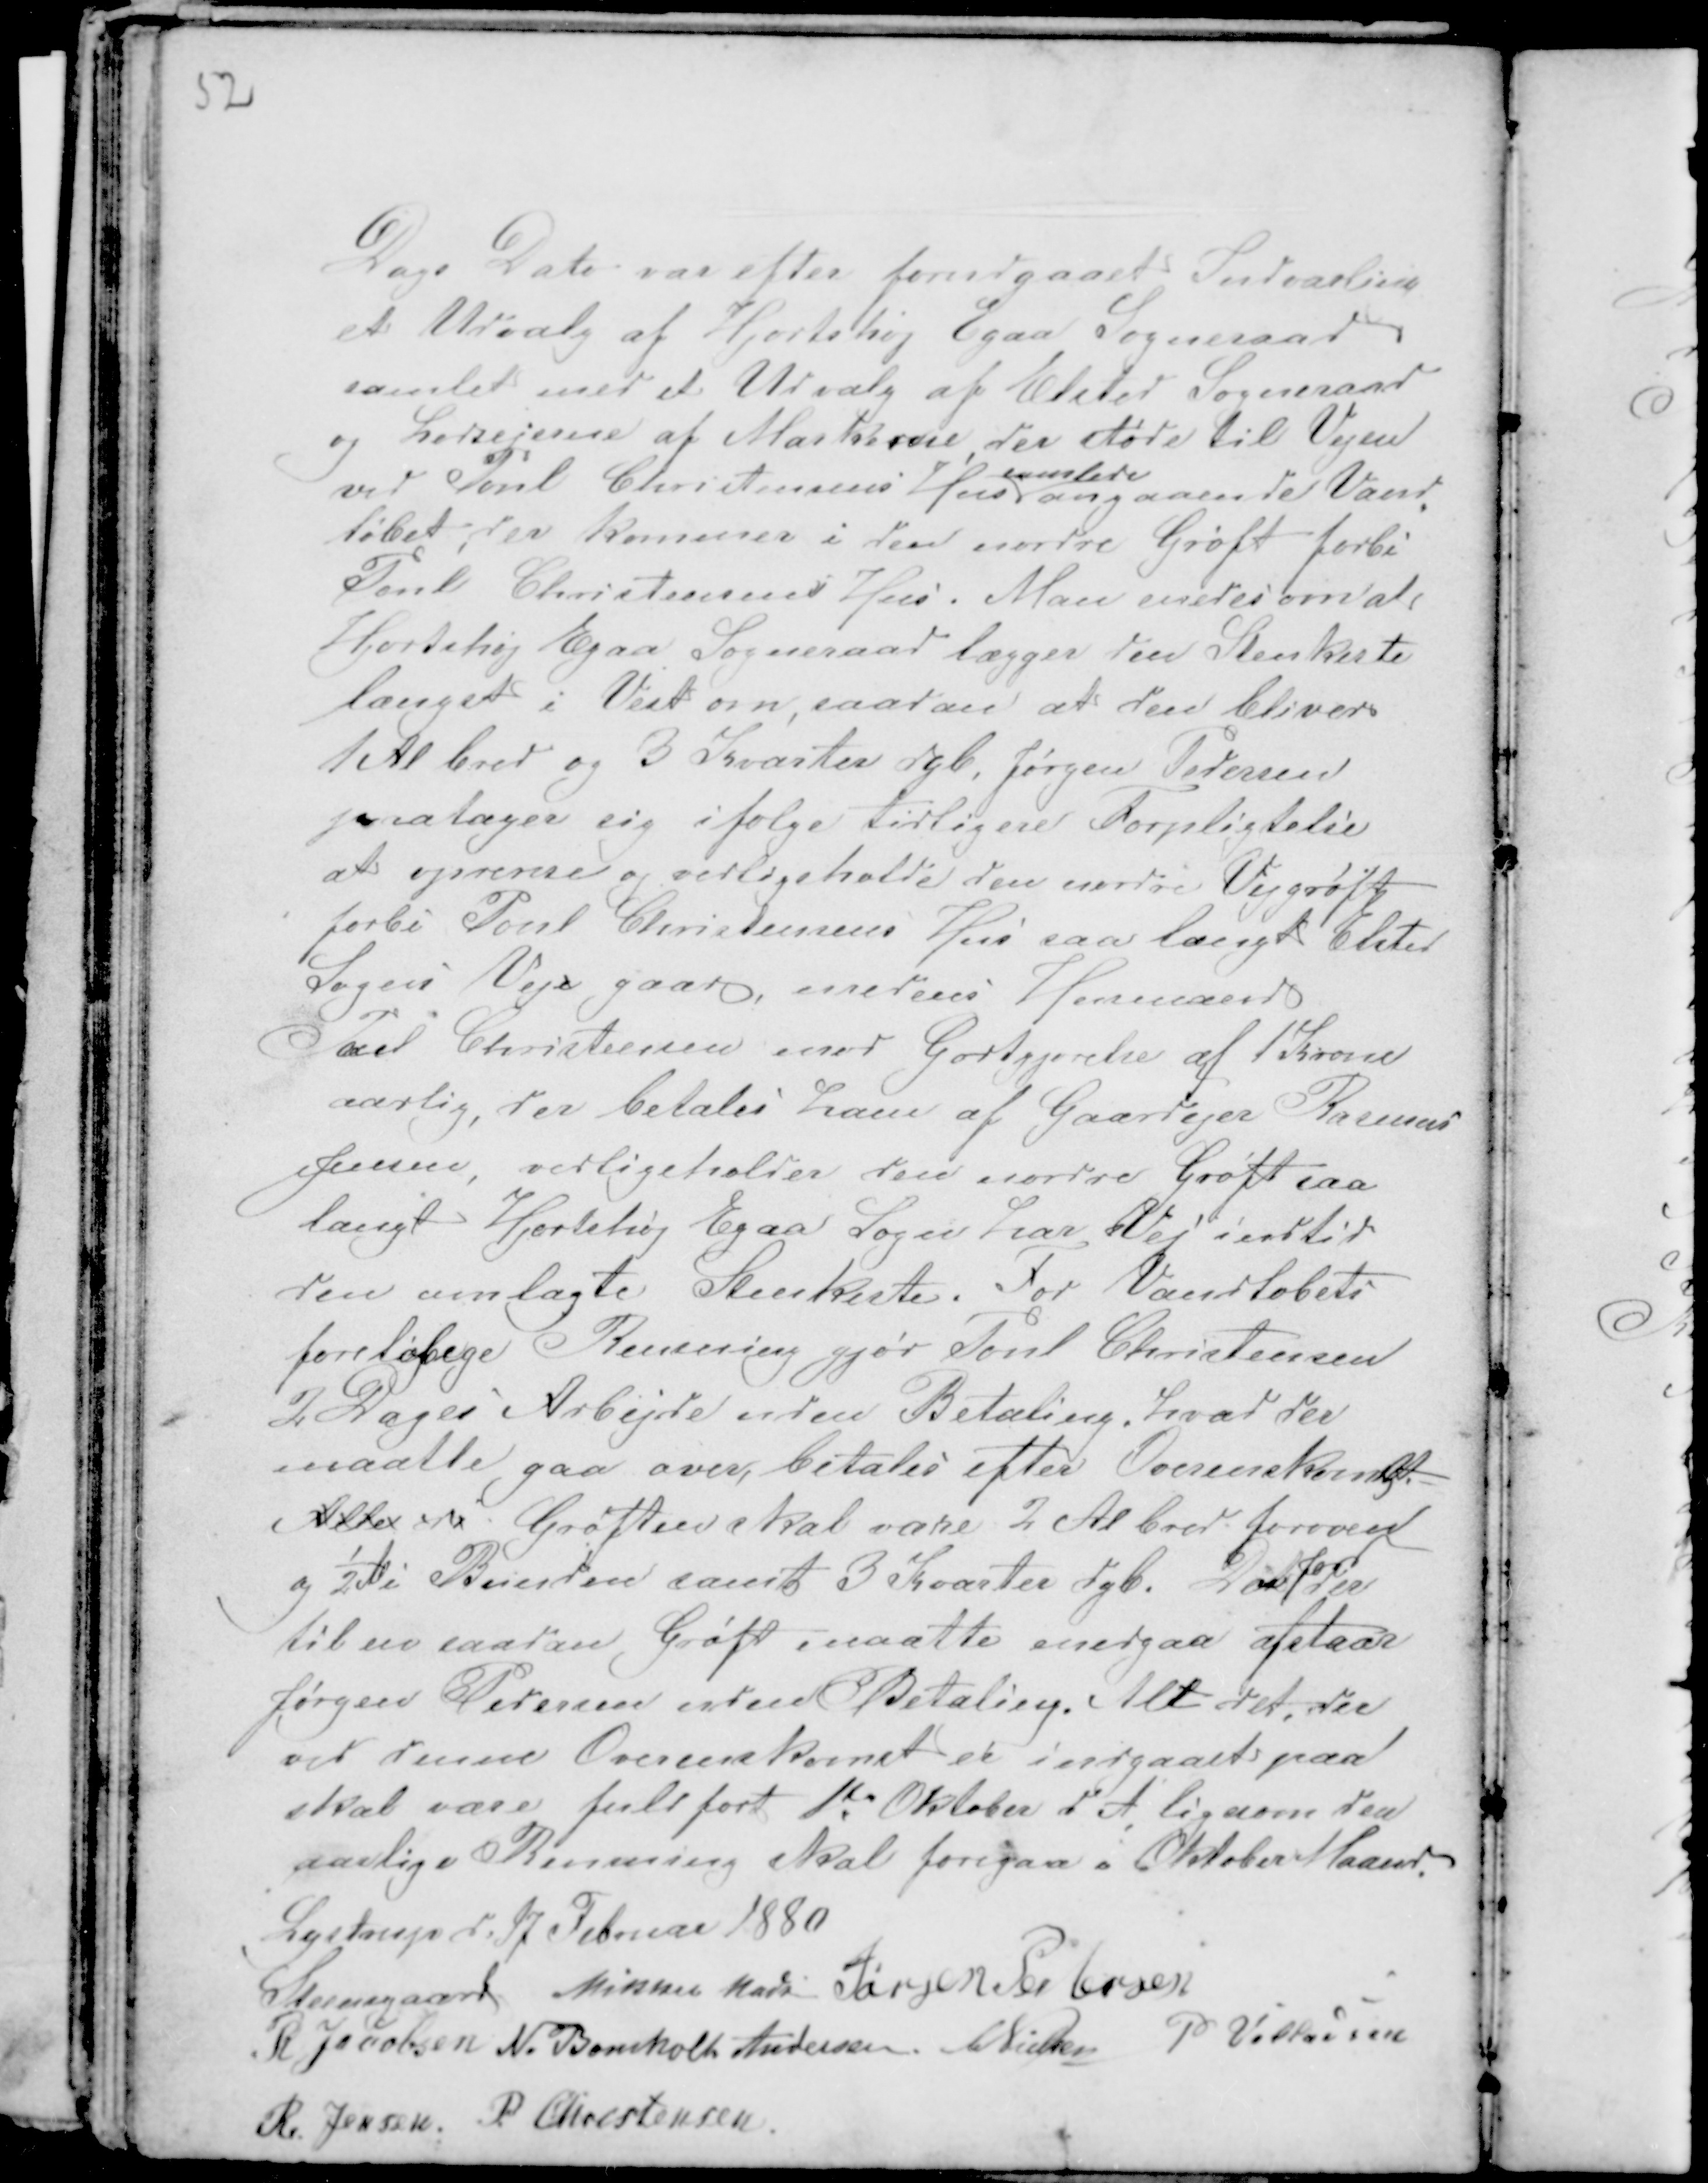
Transskription:
52

Dags Dato var efter forudgaaet Indvarsling
et Udvalg af Hjortshøj Egaa Sogneraad
samlet med et Udvalg af Elsted Sogneraad
og Lodsejerne af Markerne, der støde til Vejen
ved Poul Christensens Hus
samlede
angaaende Vand-
løbet, der kommer i den nordre Grøft forbi
Poul Christensens Hus. Man enedes om at
Hjortshøj Egaa Sogneraad lægger den Stenkiste
længst i Vest om, saadan at den bliver
1 Al bred og 3 Kvarter dyb, Jørgen Pedersen
paatager sig ifølge tidligere Forpligtelse
at oprense og vedligeholde den nordre Vejgrøft
forbi Poul Christensens Hus saa langt Elsted
Sogns Veje gaar, medens Husmand
Poul Christensen mod Godtgjørelse af 1 Krone
aarlig. der betales ham af Gaardejer Rasmus
Jensen, vedligeholder den nordre Grøft saa
langt Hjortshøj Egaa Sogn har Vej indtil
den omlagte Stenkiste. For Vandløbets
foreløbege Rensning gjør Poul Christensen
2 Dages Arbejde uden Betaling, hvad der
maatte gaa over betales efter Overenskomst. -
Alle d . Grøften skal være 2 Al bred foroven
og ½ Al i Bunden samt 3 Kvarter dyb. Den
Jord
der
til en saadan Grøft maatte energaa afstaar
Jørgen Pedersen uden Betaling. Alt det, der
ved denne Overenskomst er indgaaet paa
skal være fuldført 1te Oktober d A, ligesom den
aarlige Rensning skal foregaa i Oktober Maaned.
Lystrup d: 17 Februar 1880
Steensgaard Mikkel Madsen Jørgen Pedersen
R Jacobsen N. Bomholt Andersen CNielsen P Villadsen
R Jensen P. Christensen